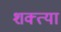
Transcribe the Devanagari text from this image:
शक्त्या